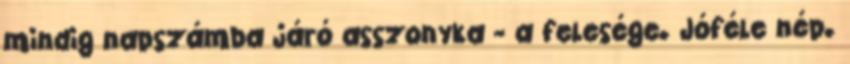
mindig napszámba járó asszonyka - a felesége. Jóféle nép.